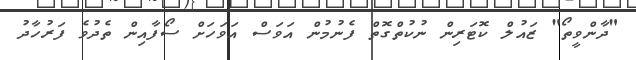
"ދާންވީތޯ" ޒައުލް ކޮޓަރިން ނުކުތްގޮތް ފެނުމުން އަވަސް އަވަހަށް ސޯފާއިން ތެދުވެ ފަރުހާދު